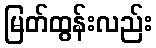
မြတ်ထွန်းလည်း